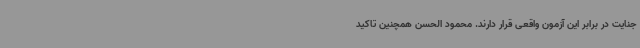
جنایت در برابر این آزمون واقعی قرار دارند. محمود الحسن همچنین تاکید